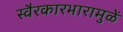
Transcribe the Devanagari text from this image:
स्वैरकारभारामुळें